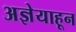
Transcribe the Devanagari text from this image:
अज्ञेयाहून